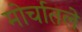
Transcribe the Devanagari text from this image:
मोर्चातले